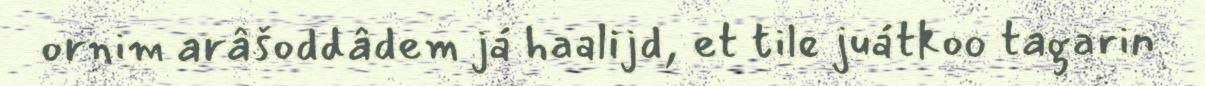
ornim arâšoddâdem já haalijd, et tile juátkoo tagarin